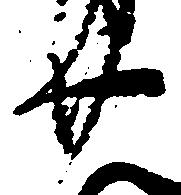
廿